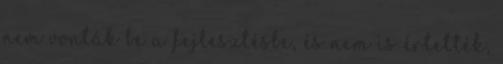
nem vonták be a fejlesztésbe, és nem is értették,